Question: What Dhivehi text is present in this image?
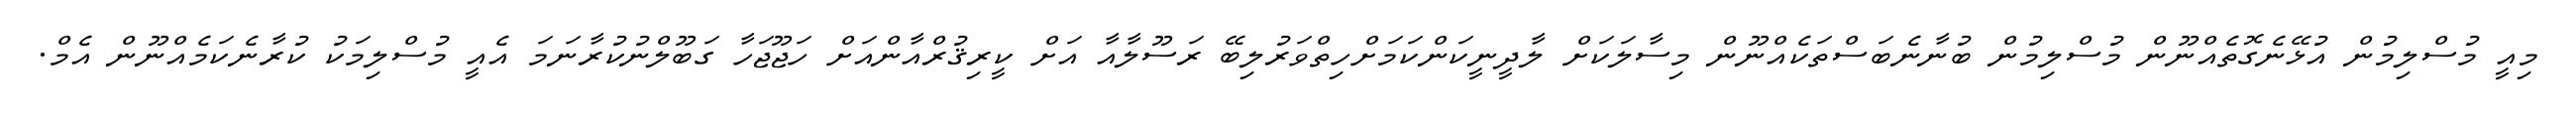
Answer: މިއީ މުސްލިމުން އުޅޭނެގޮތެއްނޫން މުސްލިމުން ބުނާނެބަސްތަކެއްނޫން މިސާލަކަށް ލާދީނީކަންކަމަށްހިތްވަރުލިބޭ ރަސޫލާއާ އަށް ކީރިޤުރްއާންއަށް ހަޖޫޖަހާ ގަބޫލްނުކުރާނަމަ އެއީ މުސްލިމަކު ކުރާނެކަމެއްނޫން އެމް.